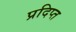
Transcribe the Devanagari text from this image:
प्रदिप्त